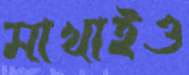
মাখাইও